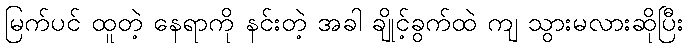
မြက်ပင် ထူတဲ့ နေရာကို နင်းတဲ့ အခါ ချိုင့်ခွက်ထဲ ကျ သွားမလားဆိုပြီး